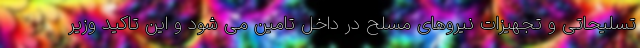
تسلیحاتی و تجهیزات نیروهای مسلح در داخل تامین می شود و این تاکید وزیر